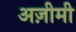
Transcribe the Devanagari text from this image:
अज़ीमी